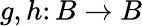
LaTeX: g,h\colon B\to B